Cholera in India, 1862 to 1881
Year: 1862
Disease focus: Cholera
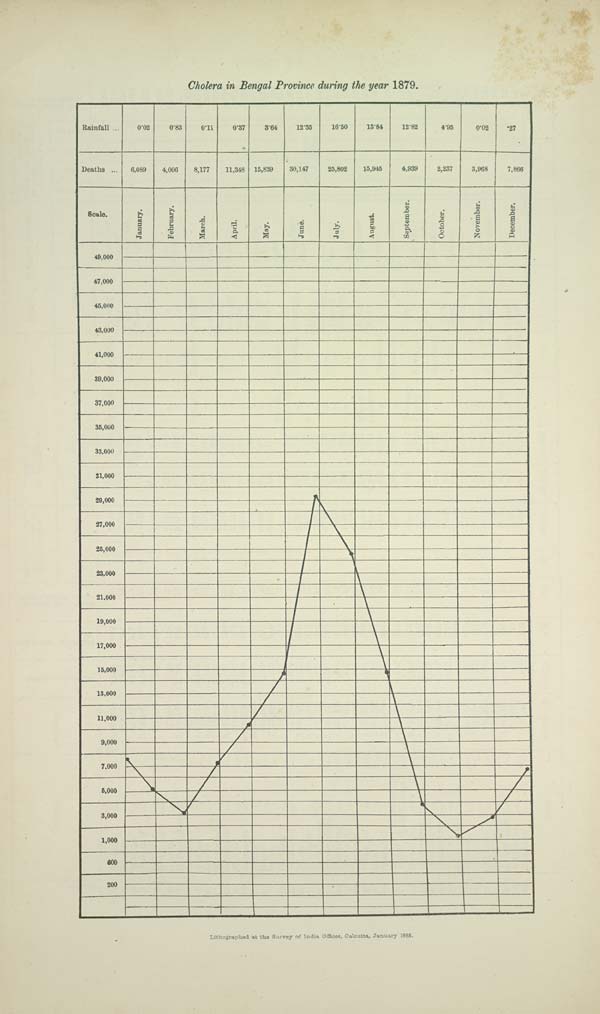
Cholera in Bengal Province during the year 1879.
Lithographed at the Survey of India Offices, Calcutta, January 1885.